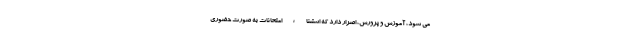
می شود، آموزش و پرورش، اصرار دارد که استثناءً امتحانات به صورت حضوری